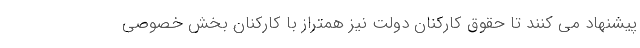
پیشنهاد می کنند تا حقوق کارکنان دولت نیز همتراز با کارکنان بخش خصوصی